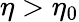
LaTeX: \eta>\eta_{0}